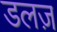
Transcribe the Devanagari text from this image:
डलज़